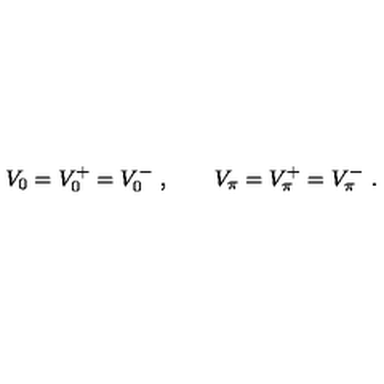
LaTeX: V _ { 0 } = V _ { 0 } ^ { + } = V _ { 0 } ^ { - } \ , \qquad V _ { \pi } = V _ { \pi } ^ { + } = V _ { \pi } ^ { - } \ .